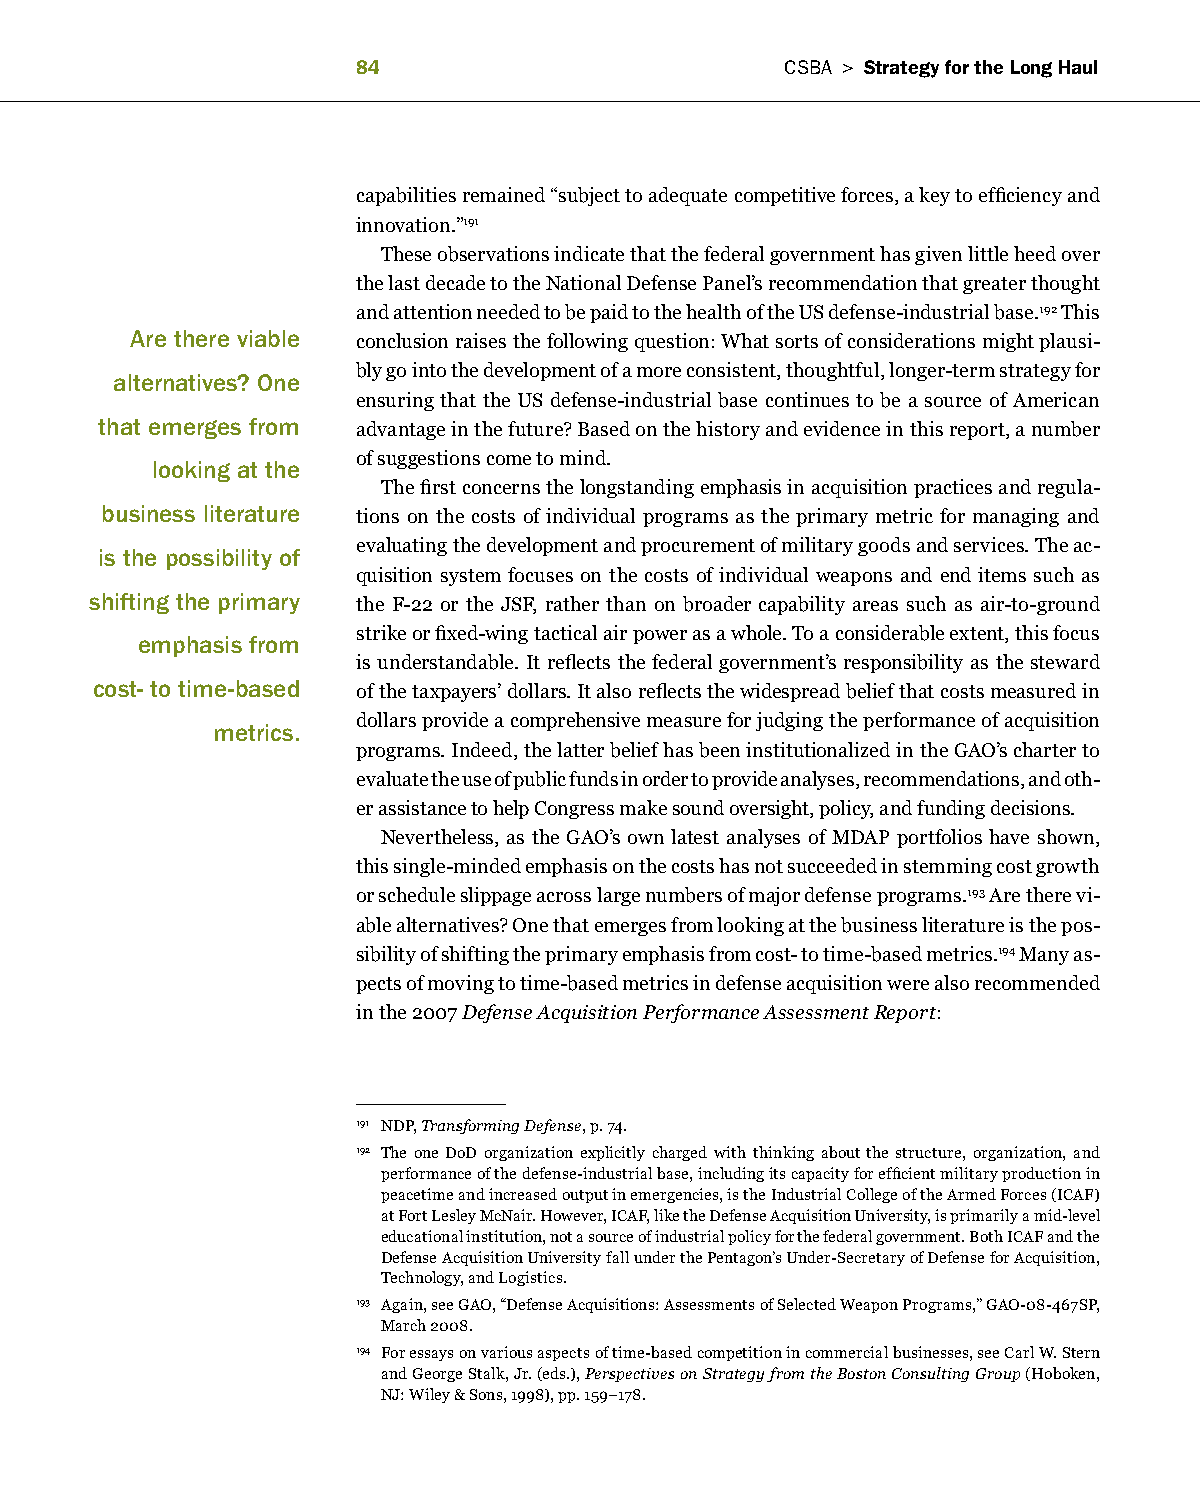
8                          CSBa > Strategy for the long haul
 capabilities remained “subject to adequate competitive forces, a key to efficiency and
 innovation.”191
 These observations indicate that the federal government has given little heed over
 the last decade to the National Defense Panel’s recommendation that greater thought
 and attention needed to be paid to the health of the US defense-industrial base.192 This
 Are there viable conclusion raises the following question: What sorts of considerations might plausi-
 bly go into the development of a more consistent, thoughtful, longer-term strategy for
 alternatives? One
 ensuring that the US defense-industrial base continues to be a source of American
 that emerges from advantage in the future? Based on the history and evidence in this report, a number
 of suggestions come to mind.
 looking at the
 The first concerns the longstanding emphasis in acquisition practices and regula-
 business literature tions on the costs of individual programs as the primary metric for managing and
 evaluating the development and procurement of military goods and services. The ac-
 is the possibility of
 quisition system focuses on the costs of individual weapons and end items such as
 shifting the primary the F-22 or the JSF, rather than on broader capability areas such as air-to-ground
 strike or fixed-wing tactical air power as a whole. To a considerable extent, this focus
 emphasis from
 is understandable. It reflects the federal government’s responsibility as the steward
 cost- to time-based of the taxpayers’ dollars. It also reflects the widespread belief that costs measured in
 dollars provide a comprehensive measure for judging the performance of acquisition
 metrics.
 programs. Indeed, the latter belief has been institutionalized in the GAO’s charter to
 evaluate the use of public funds in order to provide analyses, recommendations, and oth-
 er assistance to help Congress make sound oversight, policy, and funding decisions.
 Nevertheless, as the GAO’s own latest analyses of MDAP portfolios have shown,
 this single-minded emphasis on the costs has not succeeded in stemming cost growth
 or schedule slippage across large numbers of major defense programs.193 Are there vi-
 able alternatives? One that emerges from looking at the business literature is the pos-
 sibility of shifting the primary emphasis from cost- to time-based metrics.194 Many as-
 pects of moving to time-based metrics in defense acquisition were also recommended
 in the 2007 Defense Acquisition Performance Assessment Report:
 191 NDP, Transforming Defense, p. 74.
 192 The one DoD organization explicitly charged with thinking about the structure, organization, and
 performance of the defense-industrial base, including its capacity for efficient military production in
 peacetime and increased output in emergencies, is the Industrial College of the Armed Forces (ICAF)
 at Fort Lesley McNair. However, ICAF, like the Defense Acquisition University, is primarily a mid-level
 educational institution, not a source of industrial policy for the federal government. Both ICAF and the
 Defense Acquisition University fall under the Pentagon’s Under-Secretary of Defense for Acquisition,
 Technology, and Logistics.
 193 Again, see GAO, “Defense Acquisitions: Assessments of Selected Weapon Programs,” GAO-08-467SP,
 March 2008.
 194 For essays on various aspects of time-based competition in commercial businesses, see Carl W. Stern
 and George Stalk, Jr. (eds.), Perspectives on Strategy from the Boston Consulting Group (Hoboken,
 NJ: Wiley & Sons, 1998), pp. 159–178.